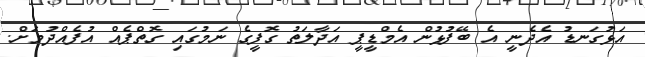
އަޅުގަނޑު އެދެނީ އެ ބޭފުޅުން އެމްޑީޕީ އަދާލަތު ގޮފީގެ ނަމުގައި ގޮތްޕެއް އުފެއްދުމަށް.